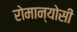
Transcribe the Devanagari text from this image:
रोमान्योसी